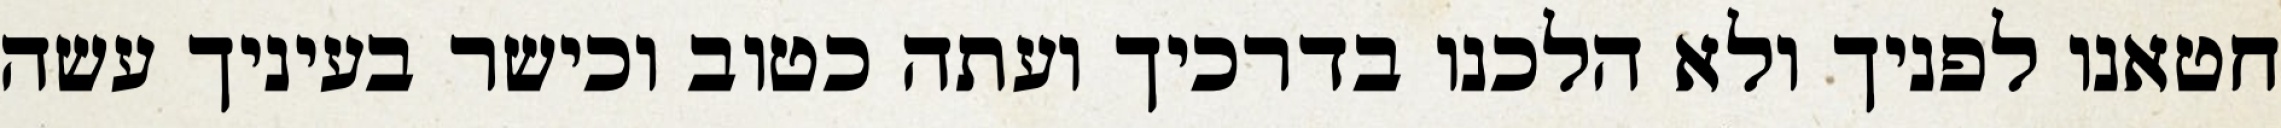
חטאנו לפניך ולא הלכנו בדרכיך ועתה כטוב וכישר בעיניך עשה